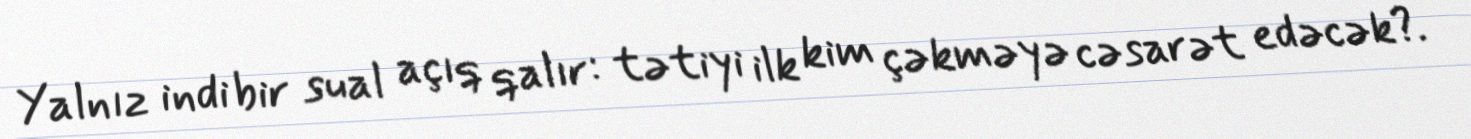
Yalnız indi bir sual açıq qalır: tətiyi ilk kim çəkməyə cəsarət edəcək?.